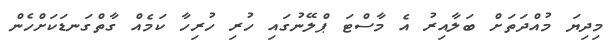
މިދިޔަ މުއްދަތަށް ބަލާއިރު އެ މާސްޓަ ޕްލޭނުގައި ހުރި ހުރިހާ ކަމެއް ގާތްގަނޑަކަށްހެން